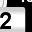
Digit: 2